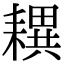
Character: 𦔜